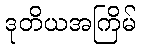
ဒုတိယအကြိမ်